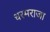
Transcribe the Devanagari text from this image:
धरमराजा